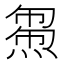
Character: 𤌝